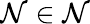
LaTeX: \mathcal{N}\in\mathbb{\mathcal{N}}